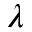
\lambda